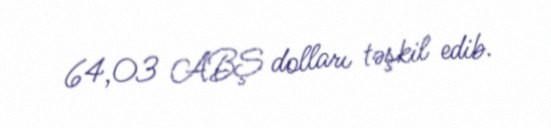
64,03 ABŞ dolları təşkil edib.